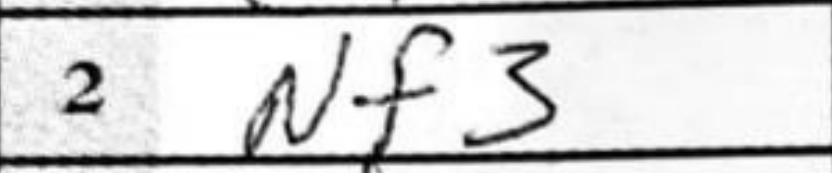
Transcription: Nf3